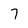
Character: 7